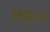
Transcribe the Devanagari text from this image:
लड़न्त।